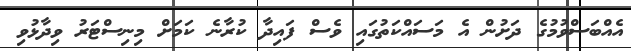
އެއްބަސްވުމުގެ ދަށުން އެ މަސައްކަތުގައި ވެސް ފައިދާ ކުރާނެ ކަމަށް މިނިސްޓަރު ވިދާޅުވި